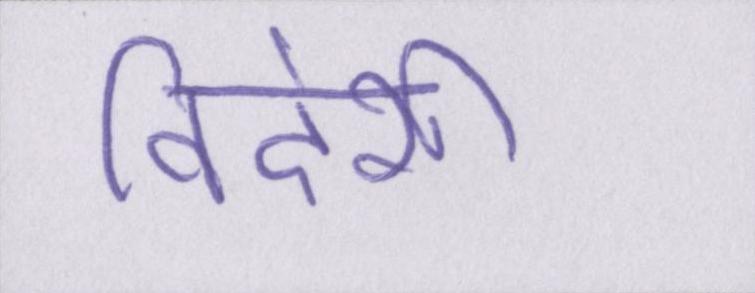
विदेशी